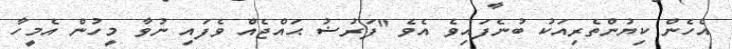
އެހެން ކިޔުންތެރިއަކު ބުނެފައިވެ އެވެ "ފަރުޟު ޙައްޖެއް ވެފައި ނުވާ މީހުން އެމީހާ